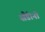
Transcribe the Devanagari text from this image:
सैंडीनो